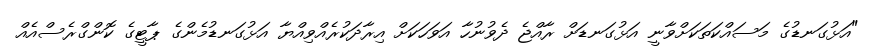
"އަޅުގަނޑުގެ މަސައްކަތަކަށްވާނީ އަޅުގަނޑަށް ރާއްޖެ ދެވުނުހާ އަވަހަކަށް އިރާދަކުރެއްވިއްޔާ އަޅުގަނޑުމެންގެ ޕާޓީގެ ކޮންގްރެސްއެއް